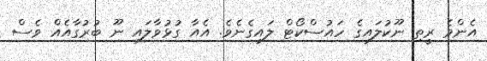
އެންމެ ރީތި ނޫކުލައިގެ ހައުސްކޯޓް ލައިގެނެވެ. އެއާ ގުޅުވާލައި ނޫ ބުރުގާއެއް ވެސް